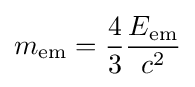
m_{\mathrm {em} }={\frac {4}{3}}{\frac {E_{\mathrm {em} }}{c^{2}}}